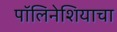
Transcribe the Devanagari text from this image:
पॉलिनेशियाचा